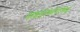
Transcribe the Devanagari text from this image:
हाइड्रोकेरिटेसिई